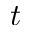
t